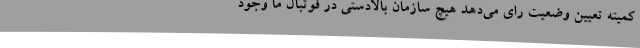
کمیته تعیین وضعیت رای می‌دهد هیچ سازمان بالادستی در فوتبال ما وجود